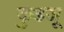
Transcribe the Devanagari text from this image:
कुडजू